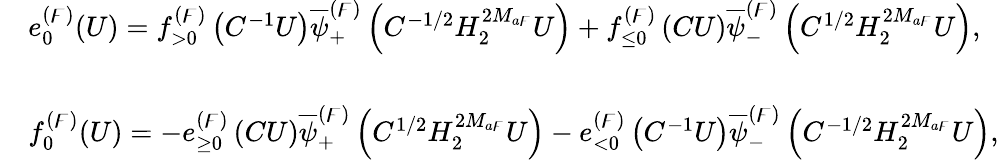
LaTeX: \begin{array}{rl}&{e_{0}^{(\digamma)}(U)=f_{>0}^{(\digamma)}\left(C^{-1}U\right)\overline{{\psi}}_{+}^{(\digamma)}\left(C^{-1/2}H_{2}^{2M_{a\digamma}}U\right)+f_{\leq 0}^{(\digamma)}\left(CU\right)\overline{{\psi}}_{-}^{(\digamma)}\left(C^{1/2}H_{2}^{2M_{a\digamma}}U\right),}\\ &{}\\ &{f_{0}^{(\digamma)}(U)=-e_{\geq 0}^{(\digamma)}\left(CU\right)\overline{{\psi}}_{+}^{(\digamma)}\left(C^{1/2}H_{2}^{2M_{a\digamma}}U\right)-e_{<0}^{(\digamma)}\left(C^{-1}U\right)\overline{{\psi}}_{-}^{(\digamma)}\left(C^{-1/2}H_{2}^{2M_{a\digamma}}U\right),}\end{array}